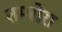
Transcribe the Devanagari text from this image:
तम्बोरा